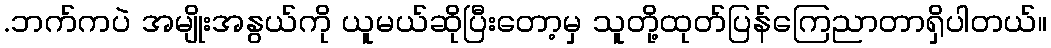
.ဘက်ကပဲ အမျိုးအနွယ်ကို ယူမယ်ဆိုပြီးတော့မှ သူတို့ထုတ်ပြန်ကြေညာတာရှိပါတယ်။